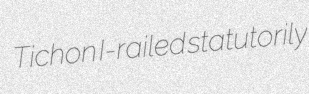
Tichon I-railed statutorily